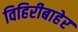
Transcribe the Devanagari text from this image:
विहिरीबाहेर